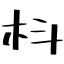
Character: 枓